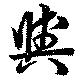
与